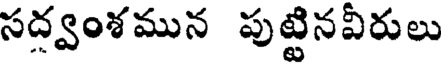
సద్వంశమున పుట్టినవీరులు